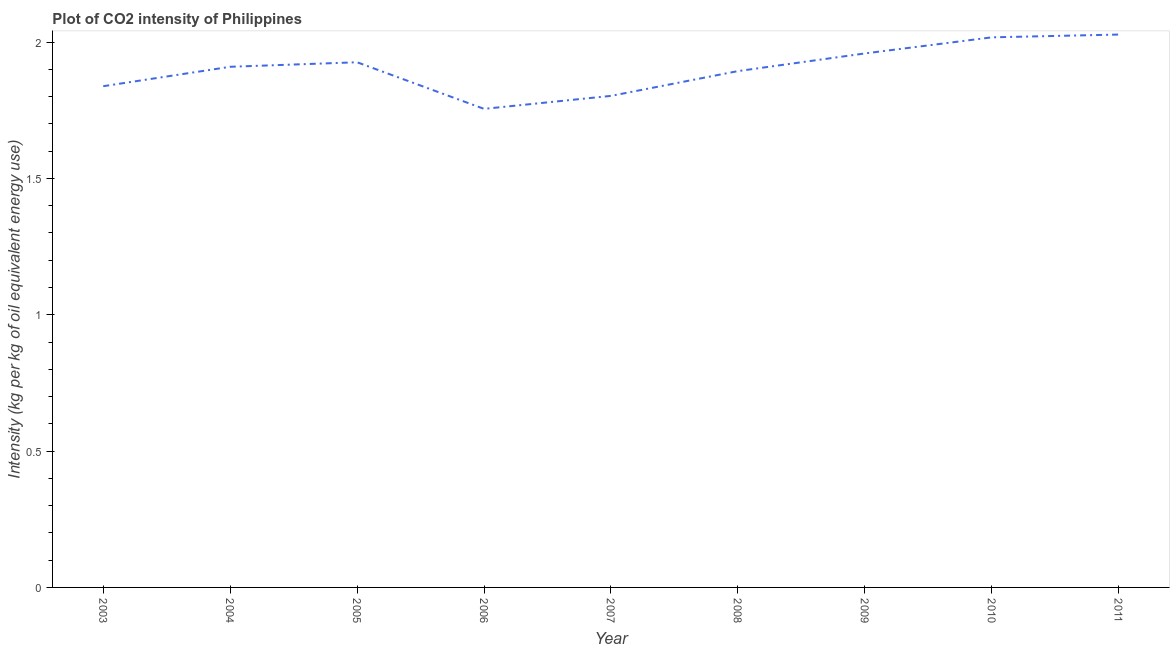
| Year | CO2 intensity |
 | --- | --- |
 | 2003 | 1.84 |
 | 2004 | 1.91 |
 | 2005 | 1.93 |
 | 2006 | 1.76 |
 | 2007 | 1.8 |
 | 2008 | 1.89 |
 | 2009 | 1.96 |
 | 2010 | 2.02 |
 | 2011 | 2.03 |